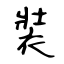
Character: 裝